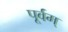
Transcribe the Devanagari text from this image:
पूर्वम्